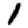
Digit: 1